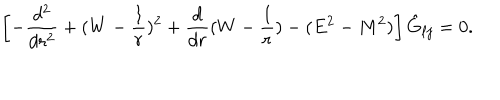
\left[ - { \frac { d ^ { 2 } } { d r ^ { 2 } } } + ( W - { \frac { 1 } { r } } ) ^ { 2 } + \frac { d } { d r } ( W - { \frac { 1 } { r } } ) - ( E ^ { 2 } - M ^ { 2 } ) \right] \hat { G } _ { \ell j } = 0 .